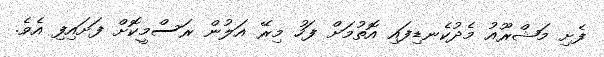
ފެށި މަޝްރޫއު މެދުކެނޑިފައި އޮތުމަށް ފަހު މިރޭ އަލުން ރަސްމީކޮށް ފަށައިފި އެވެ.